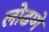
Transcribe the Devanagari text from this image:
लोढणे